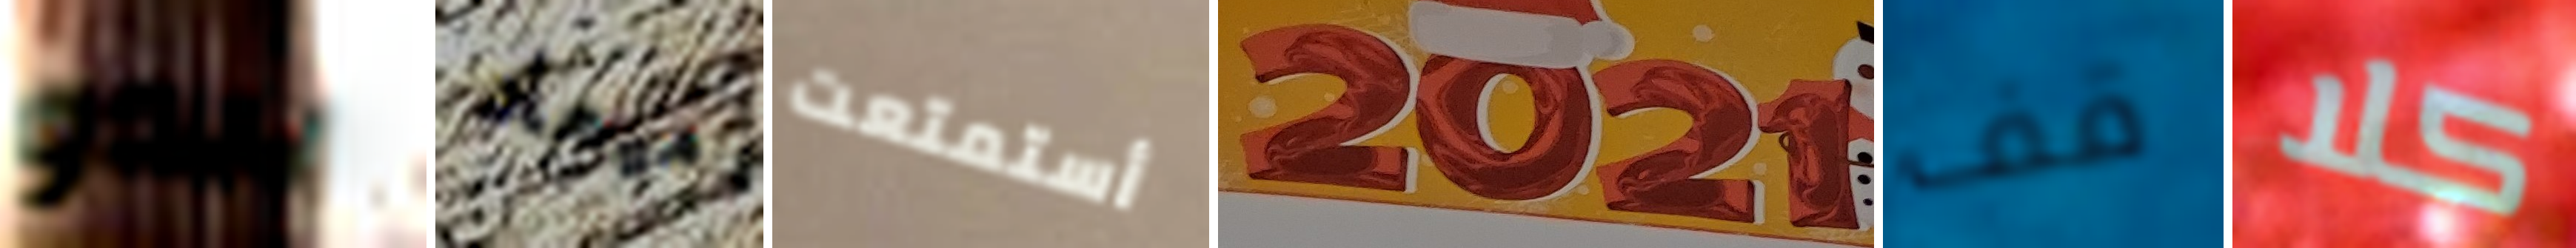
يبدو ميعاد أستمتعت 2021 قف كلا